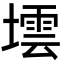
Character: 墵